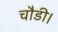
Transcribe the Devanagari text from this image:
चौडी।